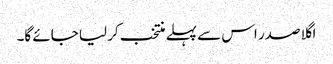
اگلا صدر اس سے پہلے منتخب کر لیا جائے گا۔